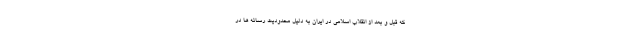
که قبل و بعد از انقلاب اسلامی در ایران به دلیل محدودیت رسانه ها در